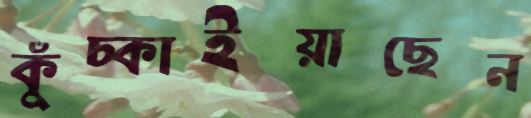
কুঁচ্‌কাইয়াছেন